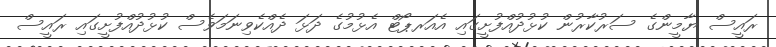
ރައީސް ޔާމީންގެ ސަރުކާރުން ކުޅުދުއްފުށީގައި އެއަރޕޯޓް އެޅުމުގެ ދަޅަ ދެއްކެވިނަމަވެސް ކުޅުދުއްފުށީގައި ރައީސް